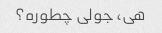
هی، جولی چطوره؟